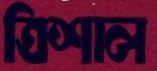
ত্রিশাল